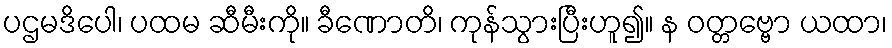
ပဌမဒိပေါ၊ ပထမ ဆီမီးကို။ ခီဏောတိ၊ ကုန်သွားပြီးဟူ၍။ န ဝတ္တဗ္ဗော ယထာ၊